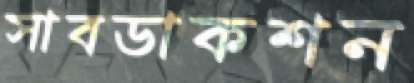
সাবডাকশন